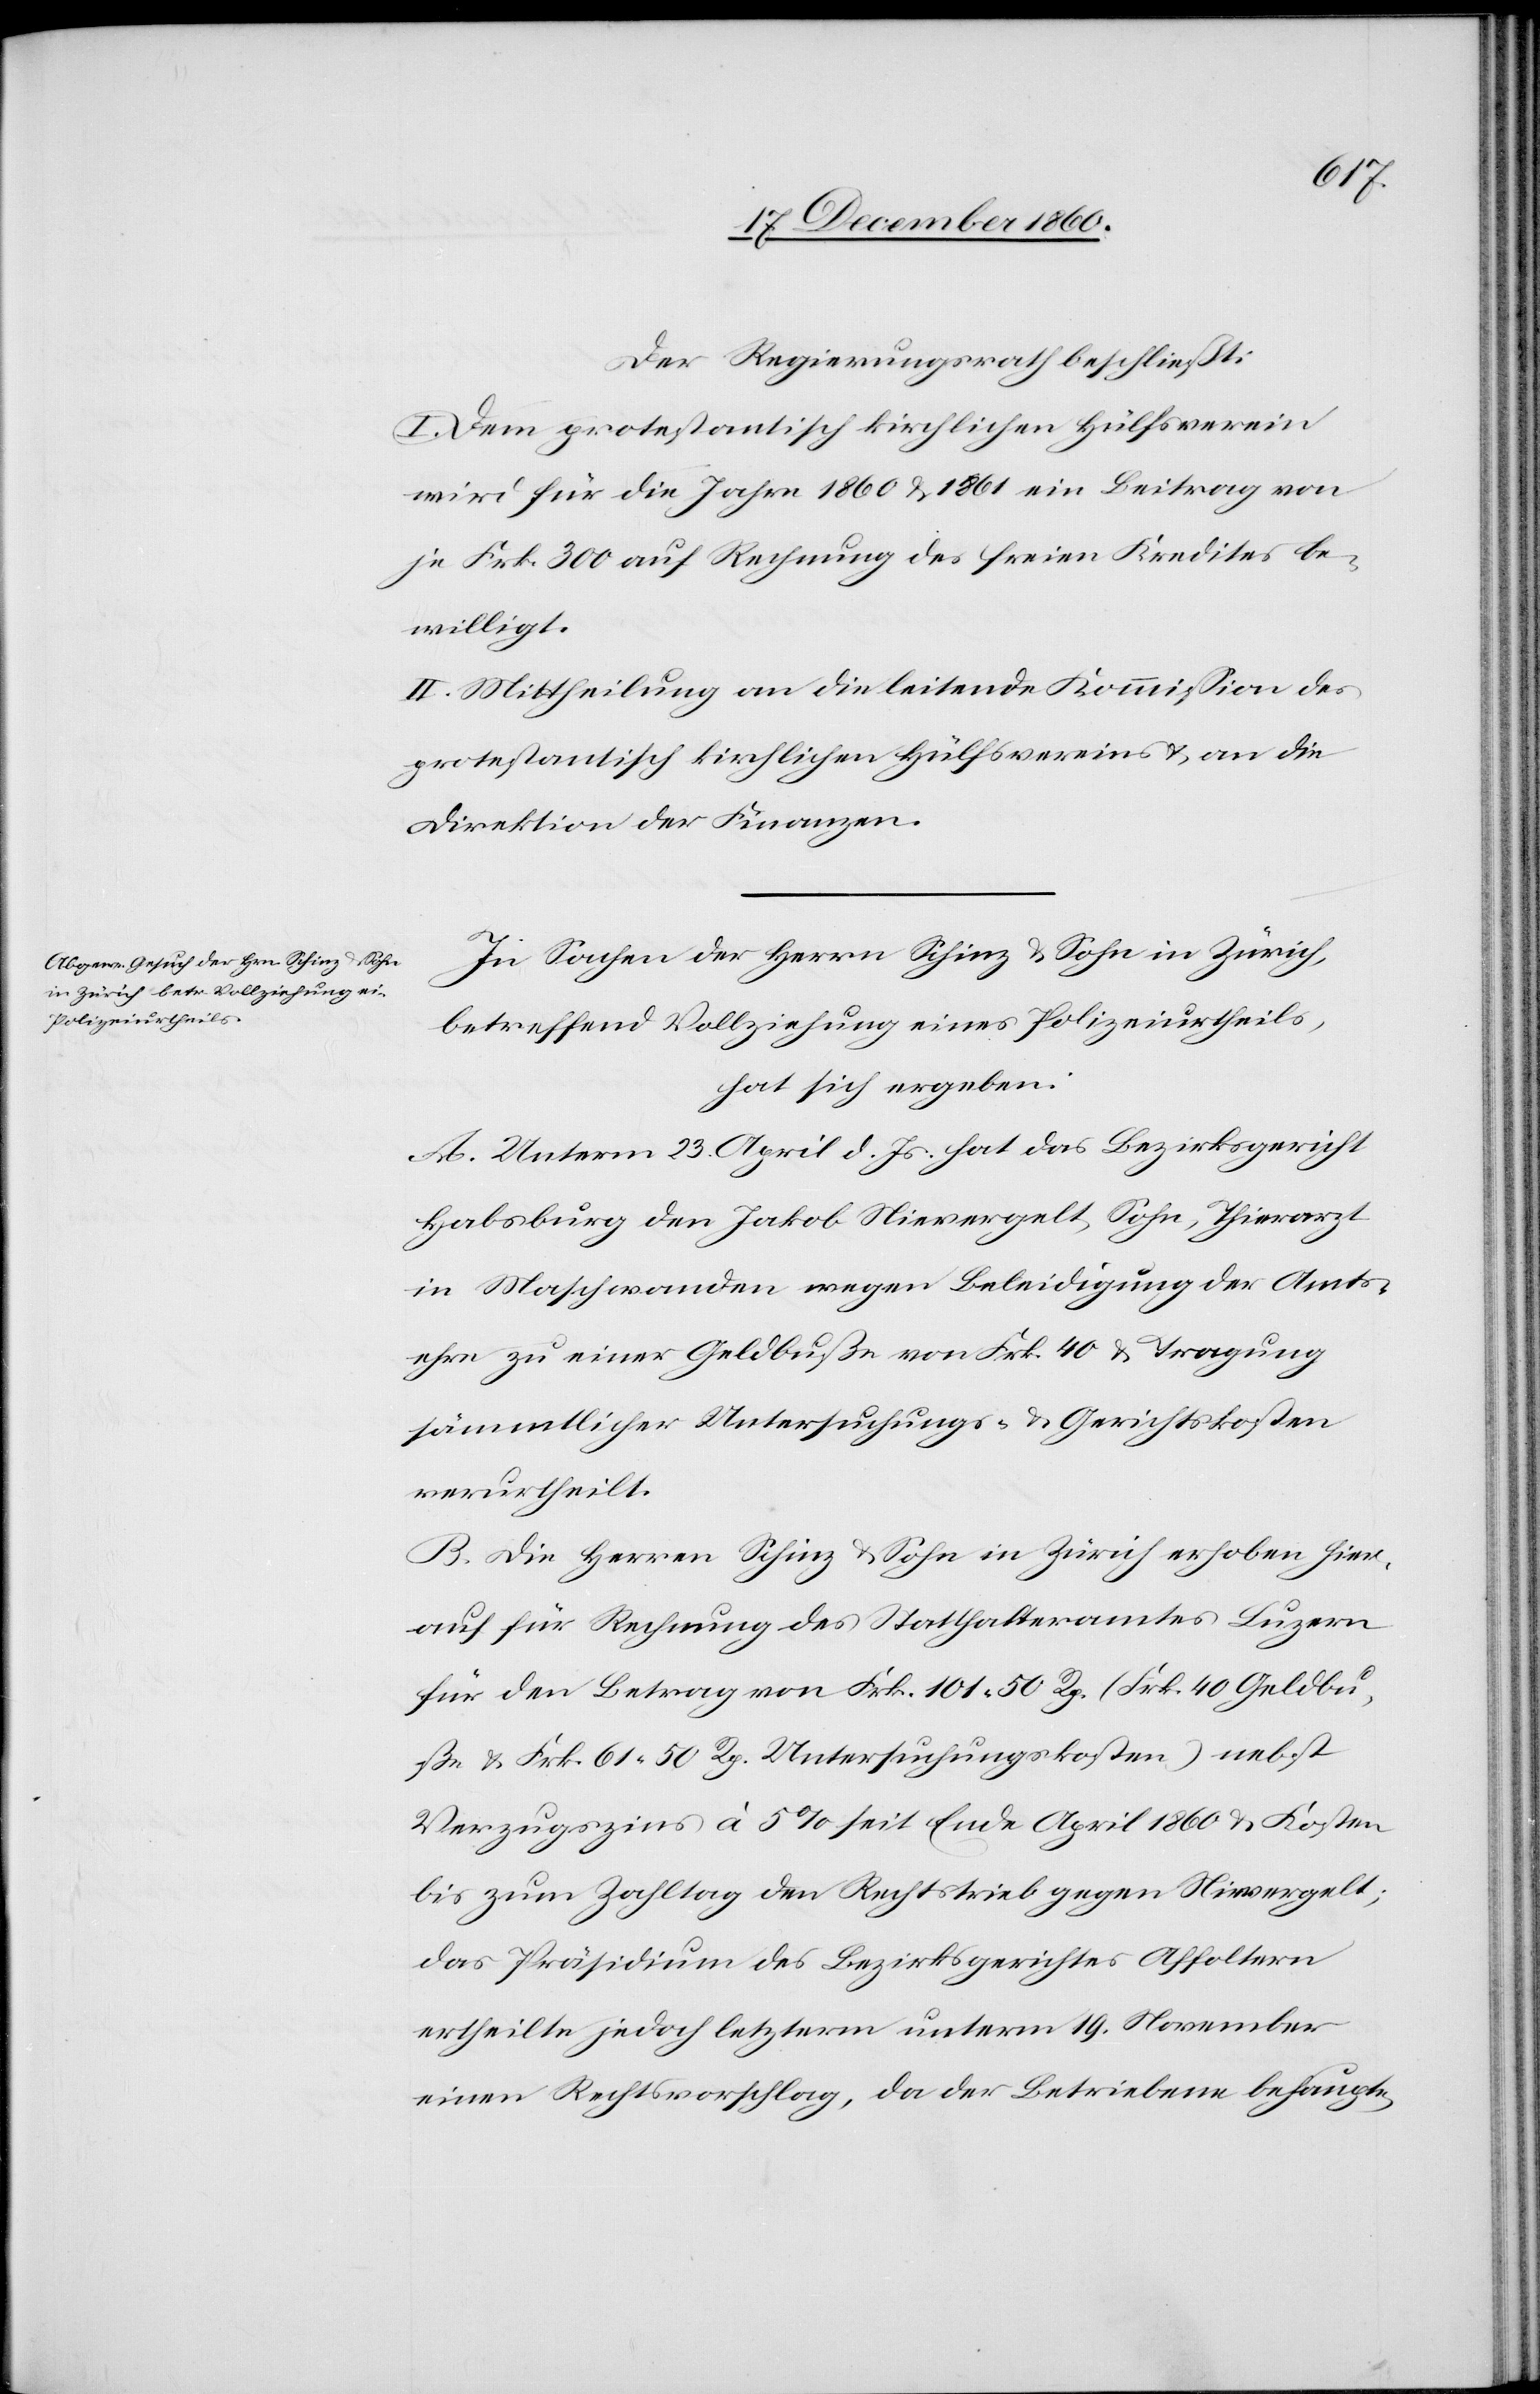
Der Regierungsrath beschließt:
I. Dem protestantisch kirchlichen Hülfsverein
wird für die Jahre 1860 u. 1861 ein Beitrag von
je Frk. 300 auf Rechnung des freien Kredites be¬
willigt.
II. Mittheilung an die leitende Kommission des
protestantisch kirchlichen Hüflsvereins u. an die
Direktion der Finanzen.
In Sachen der Herren Schinz & Sohn in Zürich,
betreffend Vollziehung eines Polizeiurtheils,
hat sich ergeben:
A. Unterm 23. April d. Js. hat das Bezirksgericht
Habsburg den Jakob Nievergelt, Sohn, Thierarzt
in Maschwanden wegen Beleidigung der Amts¬
ehre zu einer Geldbuße von Frk. 490 u. Tragung
sämmtlicher Untersuchungs- u. Gerichtskosten
verurtheilt.
B. Die Herren Schinz & Sohn in Zürich erhoben hier¬
auf die Rechnung des Statthalteramtes Luzern
für den Betrag von Frk. 101 50 Rp. (Frk. 40 Geldbu¬
ße u. Frk. 61 50 Rp. Untersuchungskosten) nebst
Verzugszins à 5% seit Ende April 18760 u. Kosten
bis zum Zahltag den Rechtstrieb gegen Nievergelt;
das Präsidium des Bezirksgerichtes Affoltern
ertheilte jedoch letzterm unterm 19. November
einen Rechtsvorschlag, da der Betriebene behaupte